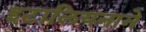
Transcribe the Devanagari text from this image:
इटालियनाने